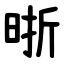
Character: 晣